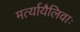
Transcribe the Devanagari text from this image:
मर्त्यायैलिवाः